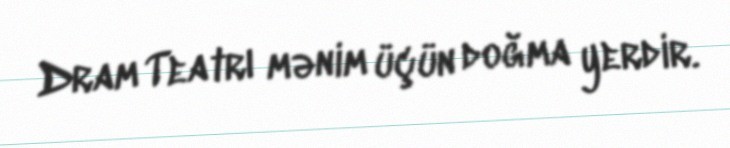
Dram Teatrı mənim üçün doğma yerdir.